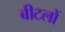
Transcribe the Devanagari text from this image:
बीटलों